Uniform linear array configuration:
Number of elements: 8
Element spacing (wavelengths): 0.25
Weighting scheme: hamming
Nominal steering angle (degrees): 0
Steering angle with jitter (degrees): -0.6872
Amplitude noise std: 0.05
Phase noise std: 0.05

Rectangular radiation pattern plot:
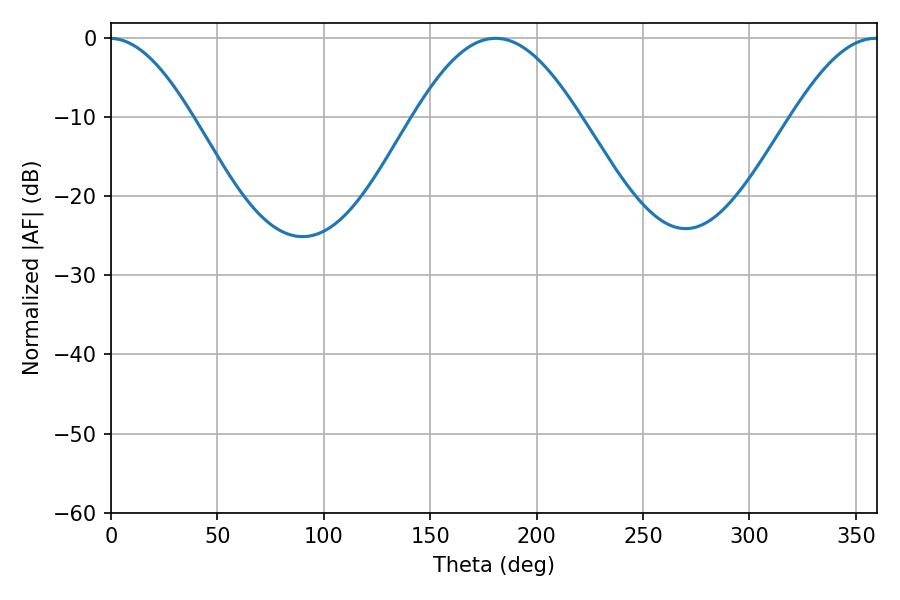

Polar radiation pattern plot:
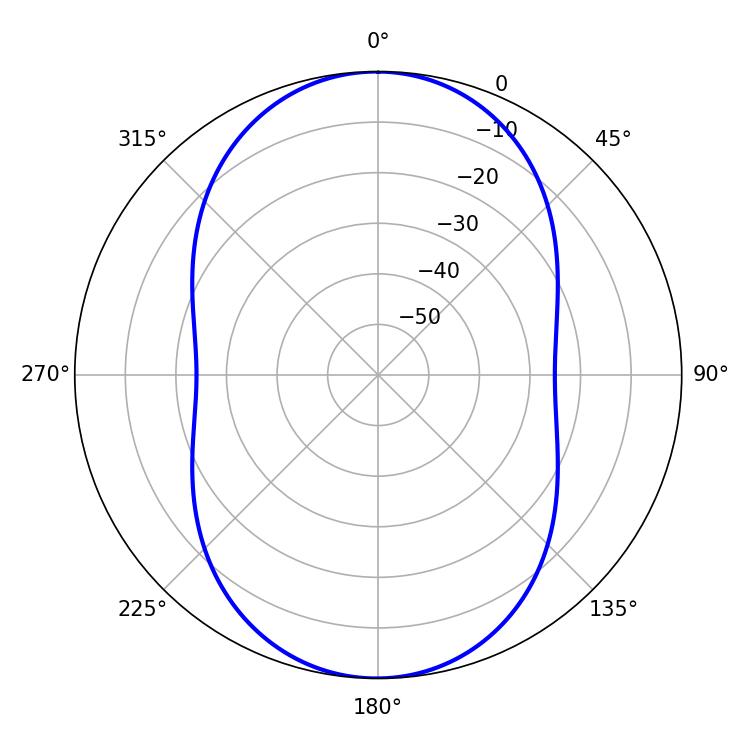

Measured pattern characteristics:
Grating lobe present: FALSE
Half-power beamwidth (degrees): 42.12
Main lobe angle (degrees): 180.72